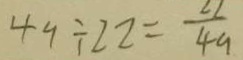
4 9 \div 2 2 = \frac { 2 2 } { 4 9 }